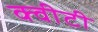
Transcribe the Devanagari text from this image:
क्‍वीटी